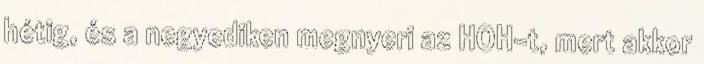
hétig, és a negyediken megnyeri az HOH-t, mert akkor